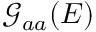
\mathcal { G } _ { a a } ( E )